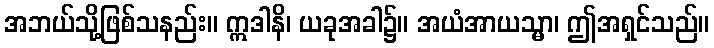
အဘယ်သို့ဖြစ်သနည်း။ ဣဒါနိ၊ ယခုအခါ၌။ အယံအာယသ္မာ၊ ဤအရှင်သည်။